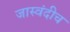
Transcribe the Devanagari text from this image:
जास्वंदीच